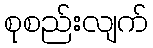
စုစည်းလျက်